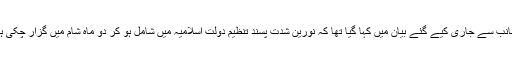
اس کارروائی کے بعد سی ٹی ڈی پنجاب کی جانب سے جاری کیے گئے بیان میں کہا گیا تھا کہ نورین شدت پسند تنظیم دولت اسلامیہ میں شامل ہو کر دو ماہ شام میں گزار چکی ہیں اور چھ روز قبل ہی پاکستان واپس آئی تھیں۔